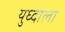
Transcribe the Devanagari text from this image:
युध्दाला